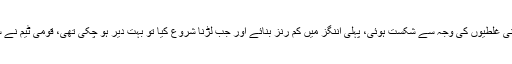
پاکستان کو گزشتہ میچ میں اپنی غلطیوں کی وجہ سے شکست ہوئی، پہلی اننگز میں کم رنز بنائے اور جب لڑنا شروع کیا تو بہت دیر ہو چکی تھی، قومی ٹیم نے سلیکشن میں بہت غلطیاں کیں۔